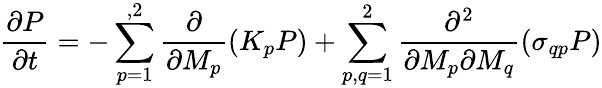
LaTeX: \frac{\partial P}{\partial t}=-\sum_{p=1}^{,2}\frac{\partial}{\partial M_{p}}\left(K_{p}P\right)+\sum_{p,q=1}^{2}\frac{\partial^{2}}{\partial M_{p}\partial M_{q}}\left(\sigma_{qp}P\right)